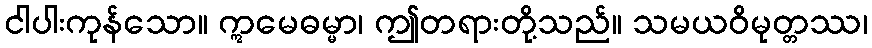
ငါပါးကုန်သော။ ဣမေဓမ္မာ၊ ဤတရားတို့သည်။ သမယဝိမုတ္တဿ၊